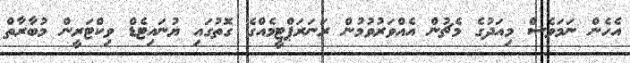
އެހެން ނަމަވެސް މިއަދުގެ މެޗުން އެއްވަރުވުމުން ރަނަރަޕްޓީމެއްގެ ގޮތުގައި ޔުނައިޓެޑް ވިކްޓަރީން މުބާރާތް